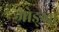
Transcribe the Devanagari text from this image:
जोङ्खा